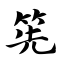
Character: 筅